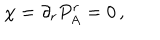
LaTeX: \chi = \partial _ { r } P _ { A } ^ { r } = 0 \, ,